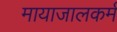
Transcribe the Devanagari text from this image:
मायाजालकर्म